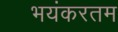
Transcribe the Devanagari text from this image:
भयंकरतम